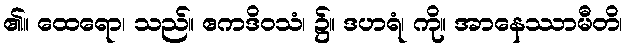
၏။ ထေရော၊ သည်။ ဧကဒိဝသံ၊ ၌။ ဒဟရံ၊ ကို။ အာနေဿာမီတိ၊